Report of the Indian Hemp Drugs Commission, 1894-1895 - Volume V
Year: 1894
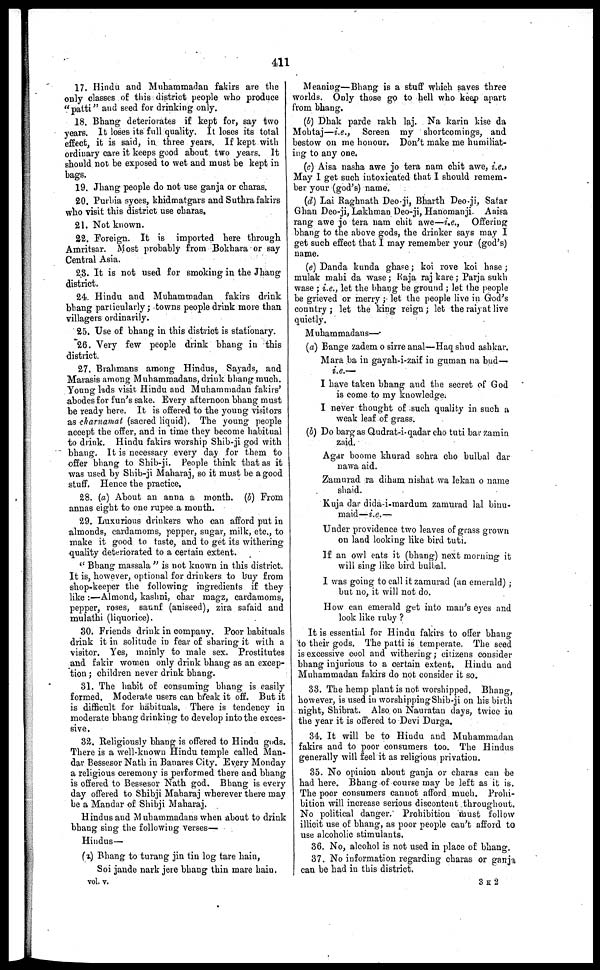
411
17. Hindu and Muhammadan fakirs are the
only classes of this district people who produce
"patti" and seed for drinking only.
18. Bhang deteriorates if kept for, say two
years. It loses its full quality. It loses its total
effect, it is said, in three years. If kept with
ordinary care it keeps good about two years. It
should not be exposed to wet and must be kept in
bags.
19. Jhang people do not use ganja or charas.
20. Purbia syces, khidmatgars and Suthra fakirs
who visit this district use charas.
21. Not known.
22. Foreign. It is imported here through
Amritsar. Most probably from Bokhara or say
Central Asia.
23. It is not used for smoking in the Jhang
district.
24. Hindu and Muhammadan fakirs drink
bhang particularly; towns people drink more than
villagers ordinarily.
25. Use of bhang in this district is stationary.
26. Very few people drink bhang in this
district.
27. Brahmans among Hindus, Sayads, and
Marasis among Muhammadans, drink bhang much.
Young lads visit Hindu and Muhammadan fakirs'
abodes for fun's sake. Every afternoon bhang must
be ready here. It is offered to the young visitors
as charnamat (sacred liquid). The young people
accept the offer, and in time they become habitual
to drink. Hindu fakirs worship Shib-ji god with
bhang. It is necessary every day for them to
offer bhang to Shib-ji. People think that as it
was used by Shib-ji Maharaj, so it must be a good
stuff. Hence the practice.
28. (a) About an anna a month. (b) From
annas eight to one rupee a month.
29. Luxurious drinkers who can afford put in
almonds, cardamoms, pepper, sugar, milk, etc., to
make it good to taste, and to get its withering
quality deteriorated to a certain extent.
"Bhang massala" is not known in this district.
It is, however, optional for drinkers to buy from
shop-keeper the following ingredients if they
like:—Almond, kashni, char magz, cardamoms,
pepper, roses, saunf (aniseed), zira safaid and
mulathi (liquorice).
30. Friends drink in company. Poor habituals
drink it in solitude in fear of sharing it with a
visitor. Yes, mainly to male sex. Prostitutes
and fakir women only drink bhang as an excep-
tion; children never drink bhang.
31. The habit of consuming bhang is easily
formed. Moderate users can break it off. But it
is difficult for habituals. There is tendency in
moderate bhang drinking to develop into the exces-
sive.
32. Religiously bhang is offered to Hindu gods.
There is a well-known Hindu temple called Man-
dar Bessesor Nath in Banares City. Every Monday
a religious ceremony is performed there and bhang
is offered to Bessesor Nath god. Bhang is every
day offered to Shibji Maharaj wherever there may
be a Mandar of Shibji Maharaj.
Hindus and Muhammadans when about to drink
bhang sing the following verses-
Hindus—
(2) Bhang to turang jin tin log tare hain,
Soi jande nark jere bhang thin mare hain.
vol. v.
Meaning—Bhang is a stuff which 6aves three
worlds. Only those go to hell who keep apart
from bhang.
(b) Dhak parde rakh laj. Na karin kise da
Mohtaj—i.e., Screen my shortcomings, and
bestow on me honour. Don't make me humiliat-
ing to any one.
(c) Aisa nasha awe jo tera nam chit awe, i.e.,
May I get such intoxicated that I should remem-
ber your (god's) name.
(d) Lai Raghnath Deoji, Bharth Deo-ji, Satar
Ghan Deo-ji, Lakhman Deo-ji, Hanomanji. Aaisa
rang awe jo tera nam chit awe—i.e., Offering
bhang to the above gods, the drinker says may I
get such effect that I may remember your (god's)
name.
(e) Danda kunda ghase; koi rove koi hase;
mulak mahi da wase; Raja raj kare; Parja sukh
wase; i.e., let the bhang be ground; let the people
be grieved or merry; let the people live in God's
country; let the king reign; let the raiyat live
quietly.
Muhammadans—
(a) Bange zadem o sine anal—Haq shud ashkar.
Mara ba in gayah-i-zaif in guman na bud—
i.e.—
I have taken bhang and the secret of God
is come to my knowledge.
I never thought of such quality in such a
weak leaf of grass.
(b) Do barg as Qudrat-i-qadar cho tuti bar zamin
zaid.
Agar boome khurad sohra cho bulbal dar
nawa aid.
Zamurad ra diham nishat wa lekan o name
shaid.
Kuja dar dida-i-mardum zamurad lal binu-
maid—i.e.—
Under providence two leaves of grass grown
on land looking like bird tuti.
If an owl oats it (bhang) next morning it
will sing like bird bulbal.
I was going to call it zamurad (an emerald);
but no, it will not do.
How can emerald get into man's eyes and
look like ruby?
It is essential for Hindu fakirs to offer bhang
to their gods. The patti is temperate. The seed
is excessive cool and withering; citizens consider
bhang injurious to a certain extent. Hindu and
Muhammadan fakirs do not consider it so.
33. The hemp plant is not worshipped. Bhang,
however, is used in worshipping Shib-ji on his birth
night, Shibrat. Also on Nauratan days, twice in
the year it is offered to Devi Durga.
34. It will be to Hindu and Muhammadan
fakirs and to poor consumers too. The Hindus
generally will feel it as religious privation.
35. No opinion about ganja or charas can be
had here. Bhang of course may be left as it is.
The poor consumers cannot afford much. Prohi-
bition will increase serious discontent throughout.
No political danger. Prohibition must follow
illicit use of bhang, as poor people can't afford to
use alcoholic stimulants.
36. No, alcohol is not used in place of bhang.
37. No information regarding charas or ganja
can be had in this district.
3 K 2